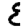
Digit: 8